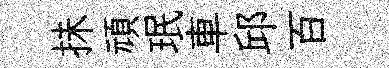
抺頑珉車邱百